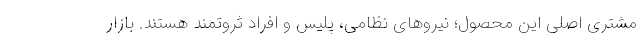
مشتری اصلی این محصول؛ نیروهای نظامی، پلیس و افراد ثروتمند هستند. بازار